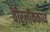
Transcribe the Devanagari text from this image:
वीरलोककाव्य